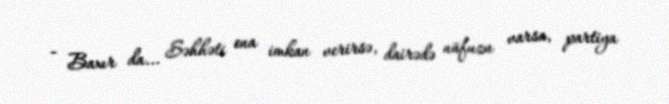
- Baxır da... Səhhəti ona imkan verirsə, dairədə nüfuzu varsa, partiya